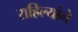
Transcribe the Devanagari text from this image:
राहिल्यांने